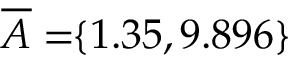
\! \! \! \! \! \! \! \; \; \overline { { A } } = \! \! \{ 1 . 3 5 , 9 . 8 9 6 \} \! \! \!